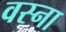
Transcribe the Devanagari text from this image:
वस्ना